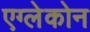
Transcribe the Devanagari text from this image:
एग्लेकोन